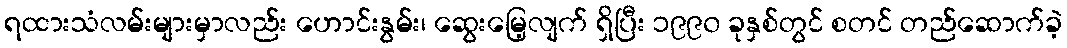
ရထားသံလမ်းများမှာလည်း ဟောင်းနွမ်း၊ ဆွေးမြေ့လျက် ရှိပြီး ၁၉၉၀ ခုနှစ်တွင် စတင် တည်ဆောက်ခဲ့